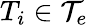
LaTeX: {T_{i}\in\mathcal{T}_{e}}